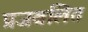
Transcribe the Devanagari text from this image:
प्रजवलित